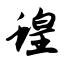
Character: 蝗